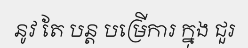
នូវ តែ បន្ត បម្រើការ ក្នុង ជួរ